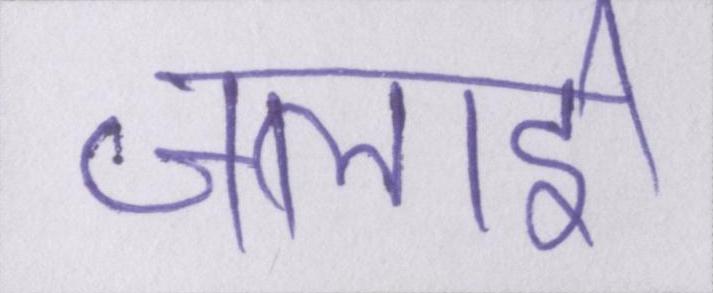
जलाई